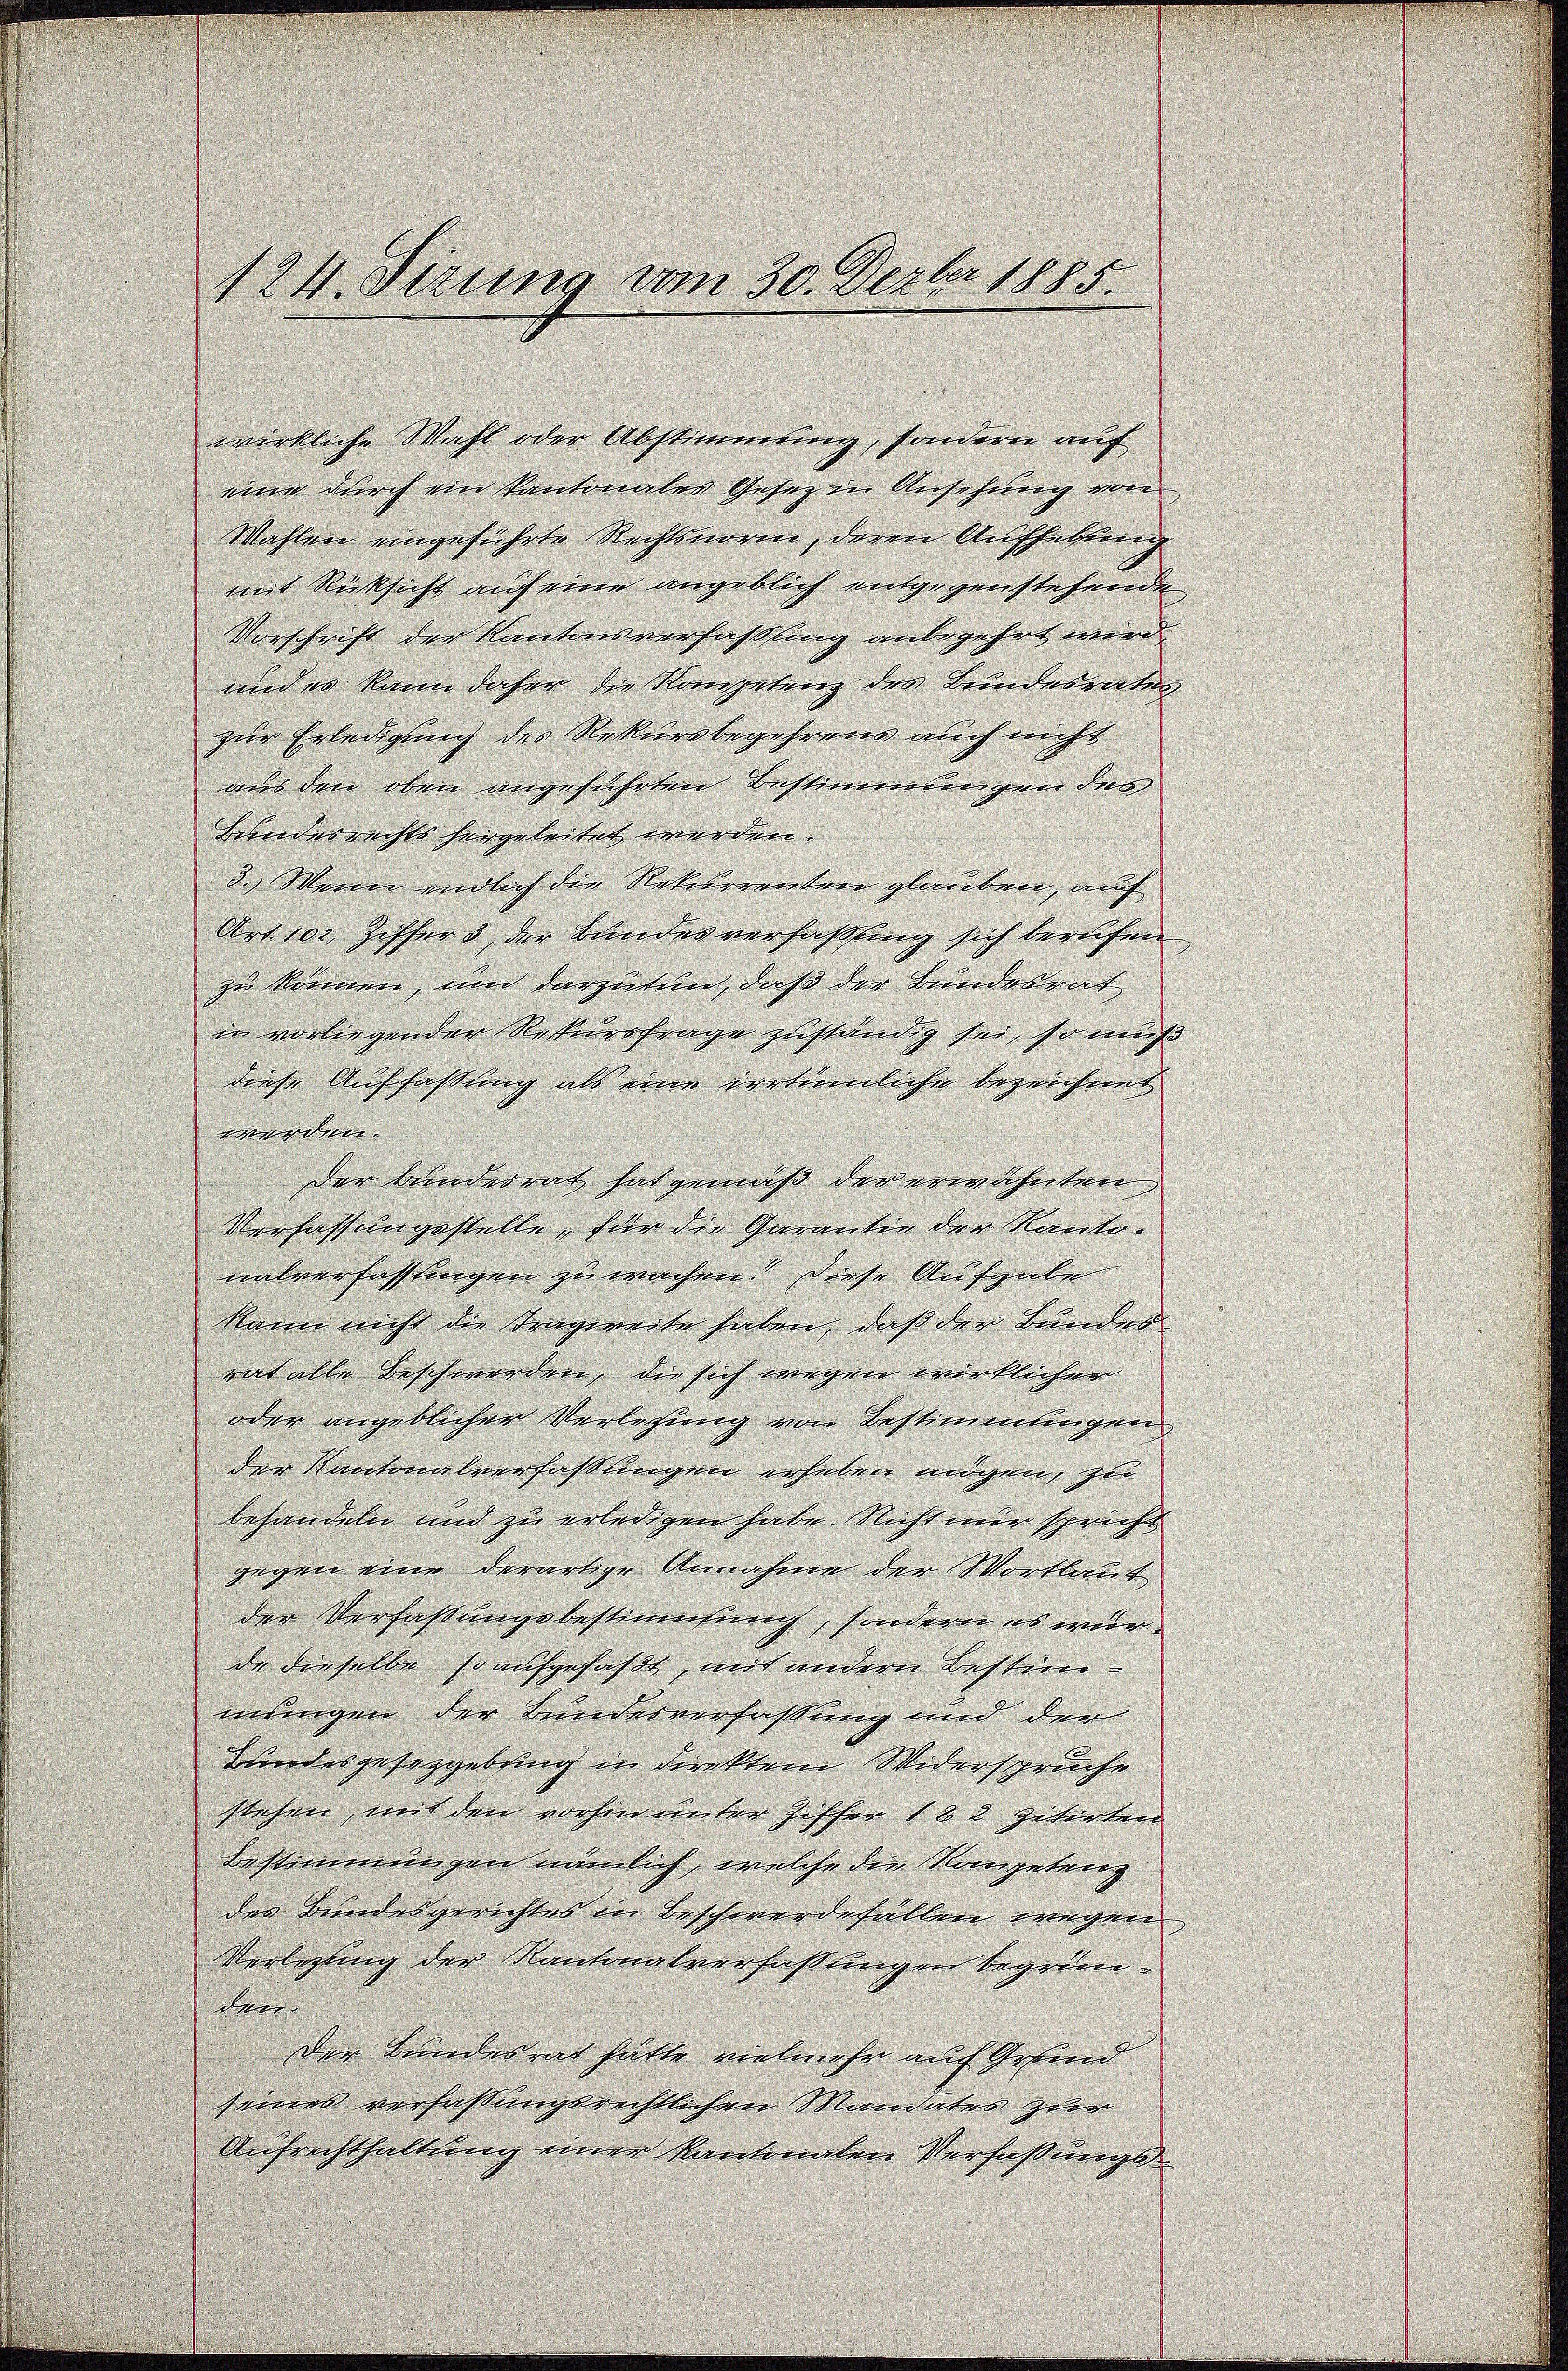
124. Sizung vom 30. Dezbr 1885

wirkliche Wahl oder Abstimmung, sondern auf
eine durch ein Kantonales Gesetz in Ansehung von
Mahlen eingeführte Rechtsnorm, deren Aufhelfung
mit Rücksicht auf eine angeblich entgegenstehende
Vorschrift der Kantonsverfassung anbegehrt wird,
und es kann daher die Kompetenz des Bundesrates
zur Erledigung des Rekursbegehrens auch nicht
aus den oben angeführten Bestimmungen des
Lundesrechts hergeleitet werden.
3. Wenn endlich die Rekurrenten glauben, auf
Art. 102, Ziffers, der Bundesverfassung sich berufen
zu können, und darzutun, daß der Bundesrat
in vorliegender Rekursfrage zuständig sei, so muß
diese Auffassung als eine irrtümliche bezeichnet
werden.
Der Bunderrat hat gemäß der erwähnten,
Verfassungsstelle, für die Garantie der Kantonalverfassungen zu wachen! Diese Aufgabe
kann nicht die Tragweite haben, daß der Bundes
rat alle Beschwerden, die sich wegen wirklicher
oder angeblicher Verlegung von Bestimmungen
der Kantonalverfaßungen erheben mögen, zu
behandeln und zu erledigen habe. Nicht nur spricht
gegen eine derartige Annahme der Wortlaut
der Verfassungsbestimmung, sondern es wurde dieselbe so aufgefaßt, mit andern Bestimmungen der Bundesverfassung und der
Bundesgesetzgebung in direkten Widerspruche
stehen, mit den vorhin unter Ziffer 182 zitirten
Bestimmungen nämlich, welche die Rangelang
des Bundesgerichtes in Beschwerdefällen wegen
Verlegung der Kantonalverfassungen begründe
Der Bundesrat hätte vielmehr auf Grund
seines verfassungsrechtlichen Mandates zur
Aufrechthaltung einer kantonalen Verfaßungs¬